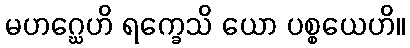
မဟဂ္ဃေဟိ ရက္ခေသိ ယော ပစ္စယေဟိ။